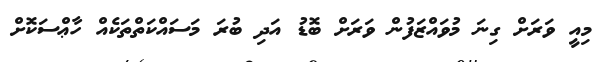
މިއީ ވަރަށް ގިނަ މުވައްޒަފުން ވަރަށް ބޮޑު އަދި ބުރަ މަސައްކަތްތަކެއް ހާޢްސަކޮށް